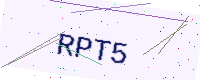
Text: RPT5